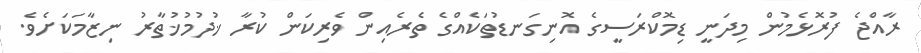
ރާއްޖެ ފުރޮޅެމުން މިދަނީ ޑިމޮކްރަސީގެ އޮނިގަނޑުތަކެއްގެ ތެރެއިން ވެރިކަން ކުރާ ޚުދުމުޚުތާރު ނިޒާމަކަށެވެ.